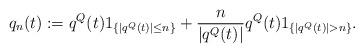
LaTeX: \begin{align*}q_n(t) := q^Q(t)1_{\{|q^Q(t)| \le n\}} + \frac{n}{|q^Q(t)|}q^Q(t)1_{\{|q^Q(t)| > n\}}.\end{align*}